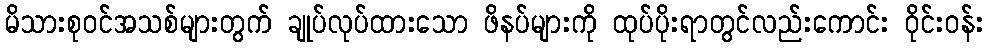
မိသားစုဝင်အသစ်များတွက် ချုပ်လုပ်ထားသော ဖိနပ်များကို ထုပ်ပိုးရာတွင်လည်းကောင်း ဝိုင်းဝန်း